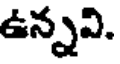
ఉన్నవి.